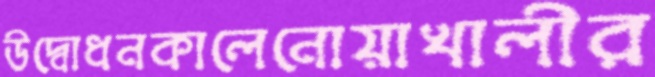
উদ্বোধনকালেনোয়াখালীর